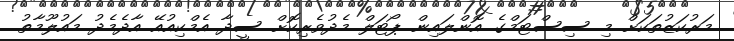
މަރުކަޒުތަކަށް މި ސިސްޓަމްގެ އޮންލައިން ޕޯޓަލް މެދުވެރިކޮށް ސީދާ އެމްކިއުއޭ އާދެމެދު މައުލޫމާތު